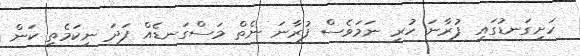
ހަށިގަނޑުގައި ފުރާނަ ހުރި ނަމަވެސް ފުރާނަ ނެތް މަސްގަނޑެއް ފަދަ ނިކަމެތި ކަން